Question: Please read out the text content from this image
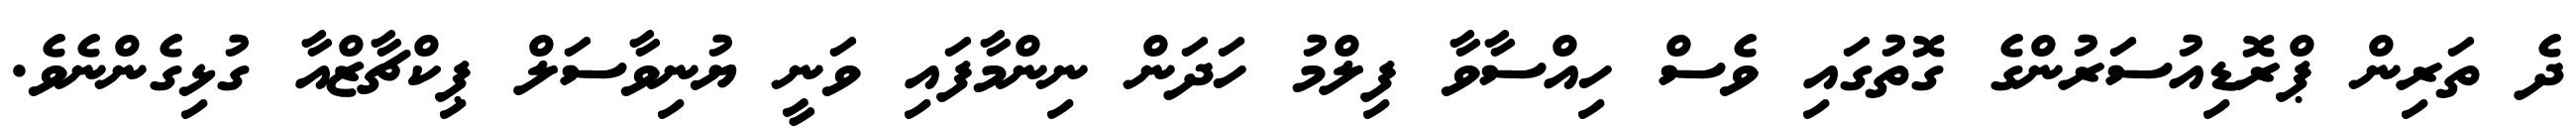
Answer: ދެ ތަރިން ޕްރޮޑިއުސަރުންގެ ގޮތުގައި ވެސް ހިއްސާވާ ފިލްމު ހަދަން ނިންމާފައި ވަނީ ޔުނިވާސަލް ޕިކްޗާޒްއާ ގުޅިގެންނެވެ.